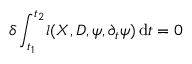
\delta \int _ { t _ { 1 } } ^ { t _ { 2 } } \! l ( \boldsymbol { \cal X } , D , \psi , \partial _ { t } \psi ) \, \mathrm { d } t = 0